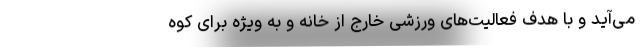
می‌آید و با هدف فعالیت‌های ورزشی خارج از خانه و به ویژه برای کوه‌